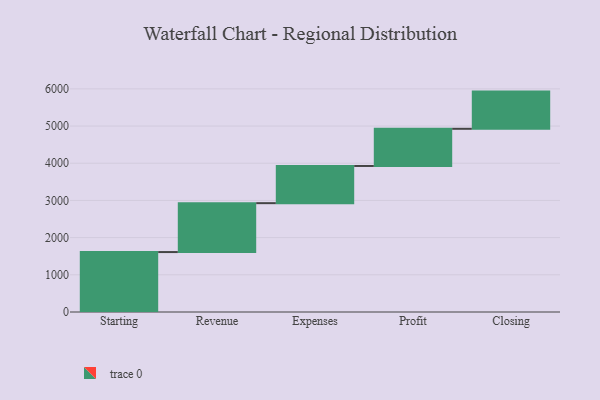
{"axis": {"x": "Step", "y": "Value"}, "legend": [""], "data": [{"x": "Starting", "y": 1612.0, "type": ""}, {"x": "Revenue", "y": 1315.0, "type": ""}, {"x": "Expenses", "y": 1000, "type": ""}, {"x": "Profit", "y": 1000, "type": ""}, {"x": "Closing", "y": 1000, "type": ""}]}